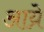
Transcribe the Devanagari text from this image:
आय्रे